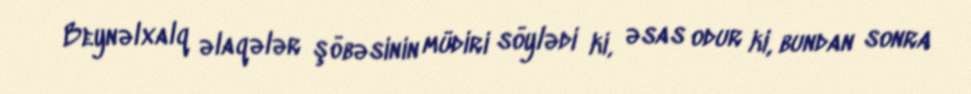
Beynəlxalq əlaqələr şöbəsinin müdiri söylədi ki, əsas odur ki, bundan sonra